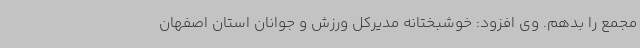
مجمع را بدهم. وی افزود: خوشبختانه مدیرکل ورزش و جوانان استان اصفهان